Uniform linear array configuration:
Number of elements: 8
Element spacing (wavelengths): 0.25
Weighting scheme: hamming
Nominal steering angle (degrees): -30
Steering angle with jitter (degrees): -29.884
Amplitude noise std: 0.05
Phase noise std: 0.05

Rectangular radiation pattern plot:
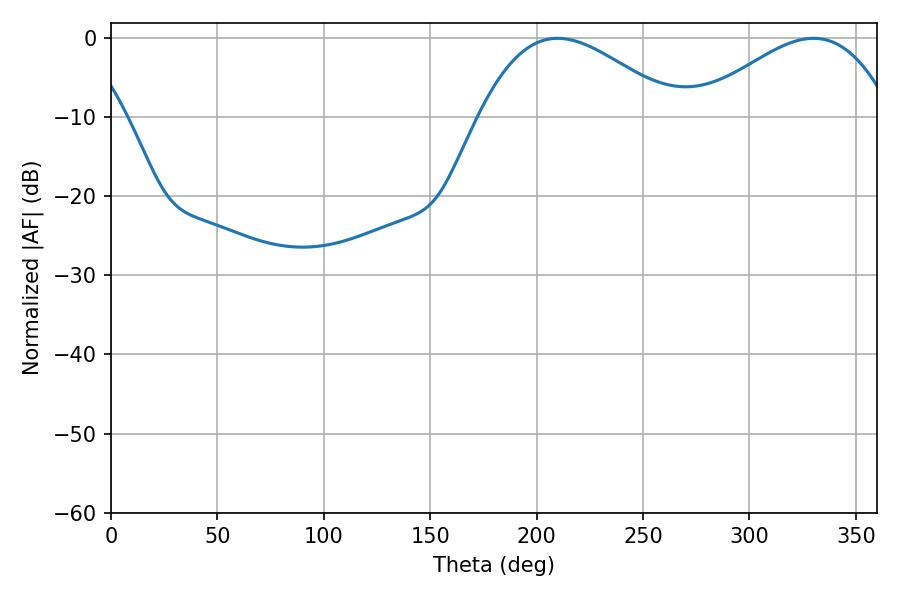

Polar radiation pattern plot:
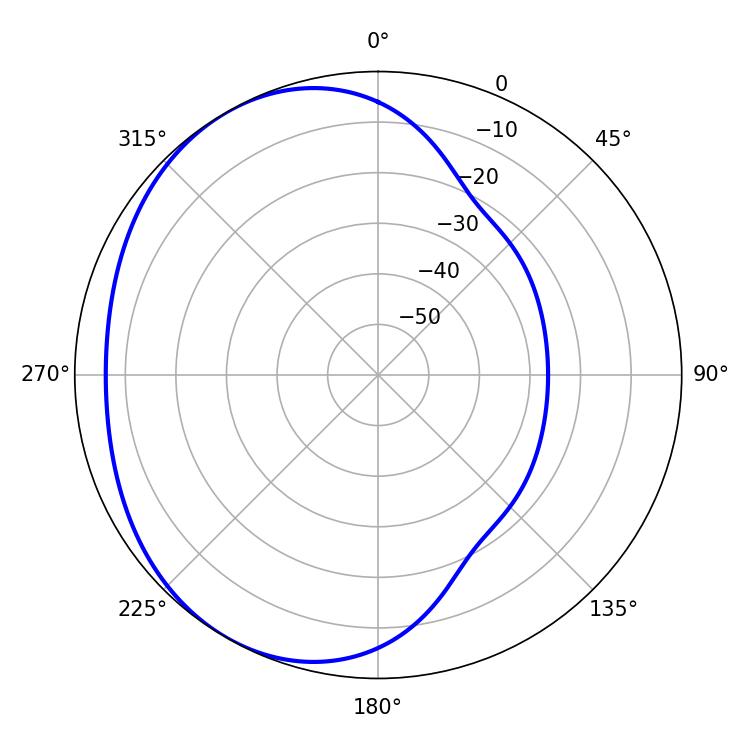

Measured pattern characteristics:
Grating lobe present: FALSE
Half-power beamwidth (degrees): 49.86
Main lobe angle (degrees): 209.88